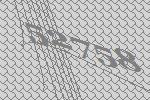
52758